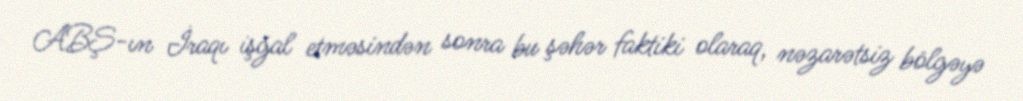
ABŞ-ın İraqı işğal etməsindən sonra bu şəhər faktiki olaraq, nəzarətsiz bölgəyə